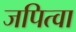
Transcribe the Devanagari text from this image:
जपित्वा